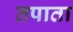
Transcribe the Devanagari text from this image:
तपाता